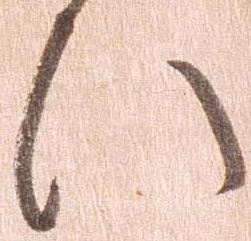
い